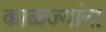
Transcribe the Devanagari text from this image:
काळज्यांना